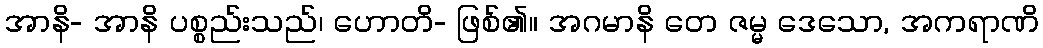
အာနိ- အာနိ ပစ္စည်းသည်၊ ဟောတိ- ဖြစ်၏။ အဂမာနိ တေ ဇမ္မ ဒေသော, အကရာဏိ